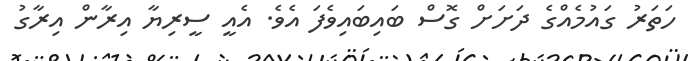
ހަތަރު ގައުމެއްގެ ދަށަށް ގޮސް ބައިބައިވެފަ އެވެ. އެއީ ސީރިޔާ އިރާން އިރާގު